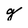
Character: g